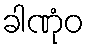
ခါဏုံဝ